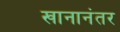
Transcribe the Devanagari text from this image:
खानानंतर